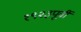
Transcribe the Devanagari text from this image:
१९२३पूर्वी